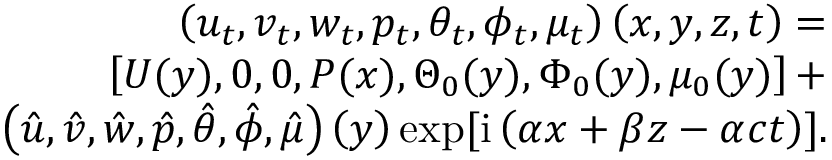
\begin{array} { r } { \left( u _ { t } , v _ { t } , w _ { t } , p _ { t } , \theta _ { t } , \phi _ { t } , \mu _ { t } \right) \left( x , y , z , t \right) = } \\ { \left[ U ( y ) , 0 , 0 , P ( x ) , \Theta _ { 0 } ( y ) , \Phi _ { 0 } ( y ) , \mu _ { 0 } ( y ) \right] + } \\ { \left( \hat { u } , \hat { v } , \hat { w } , \hat { p } , \hat { \theta } , \hat { \phi } , \hat { \mu } \right) \left( y \right) \exp [ { \mathrm { i } \left( \alpha x + \beta z - \alpha c t \right) } ] . } \end{array}